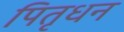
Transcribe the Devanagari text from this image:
पितृधन